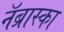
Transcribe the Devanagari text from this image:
नॅब्रास्का